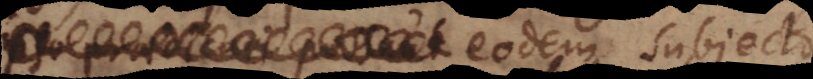
eodem subjecto